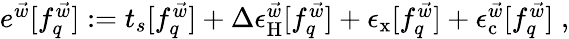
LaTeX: \begin{array}{r}{e^{\vec{w}}[f_{q}^{\vec{w}}]:=t_{s}[f_{q}^{\vec{w}}]+\Delta\epsilon_{\mathrm{H}}^{\vec{w}}[f_{q}^{\vec{w}}]+\epsilon_{\mathrm{x}}[f_{q}^{\vec{w}}]+\epsilon_{\mathrm{c}}^{\vec{w}}[f_{q}^{\vec{w}}]\; ,}\end{array}